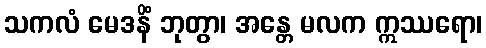
သကလံ မေဒနိံ ဘုတွာ၊ အန္တေ မလက ဣဿရော၊